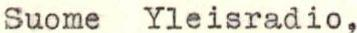
Suome Yleisradio,